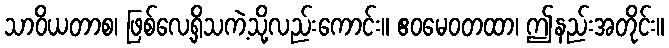
သာဝိယတာစ၊ ဖြစ်လေ့ရှိသကဲ့သို့လည်းကောင်း။ ဧဝမေဝတထာ၊ ဤနည်းအတိုင်း။